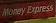
money